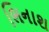
ભિનાશ